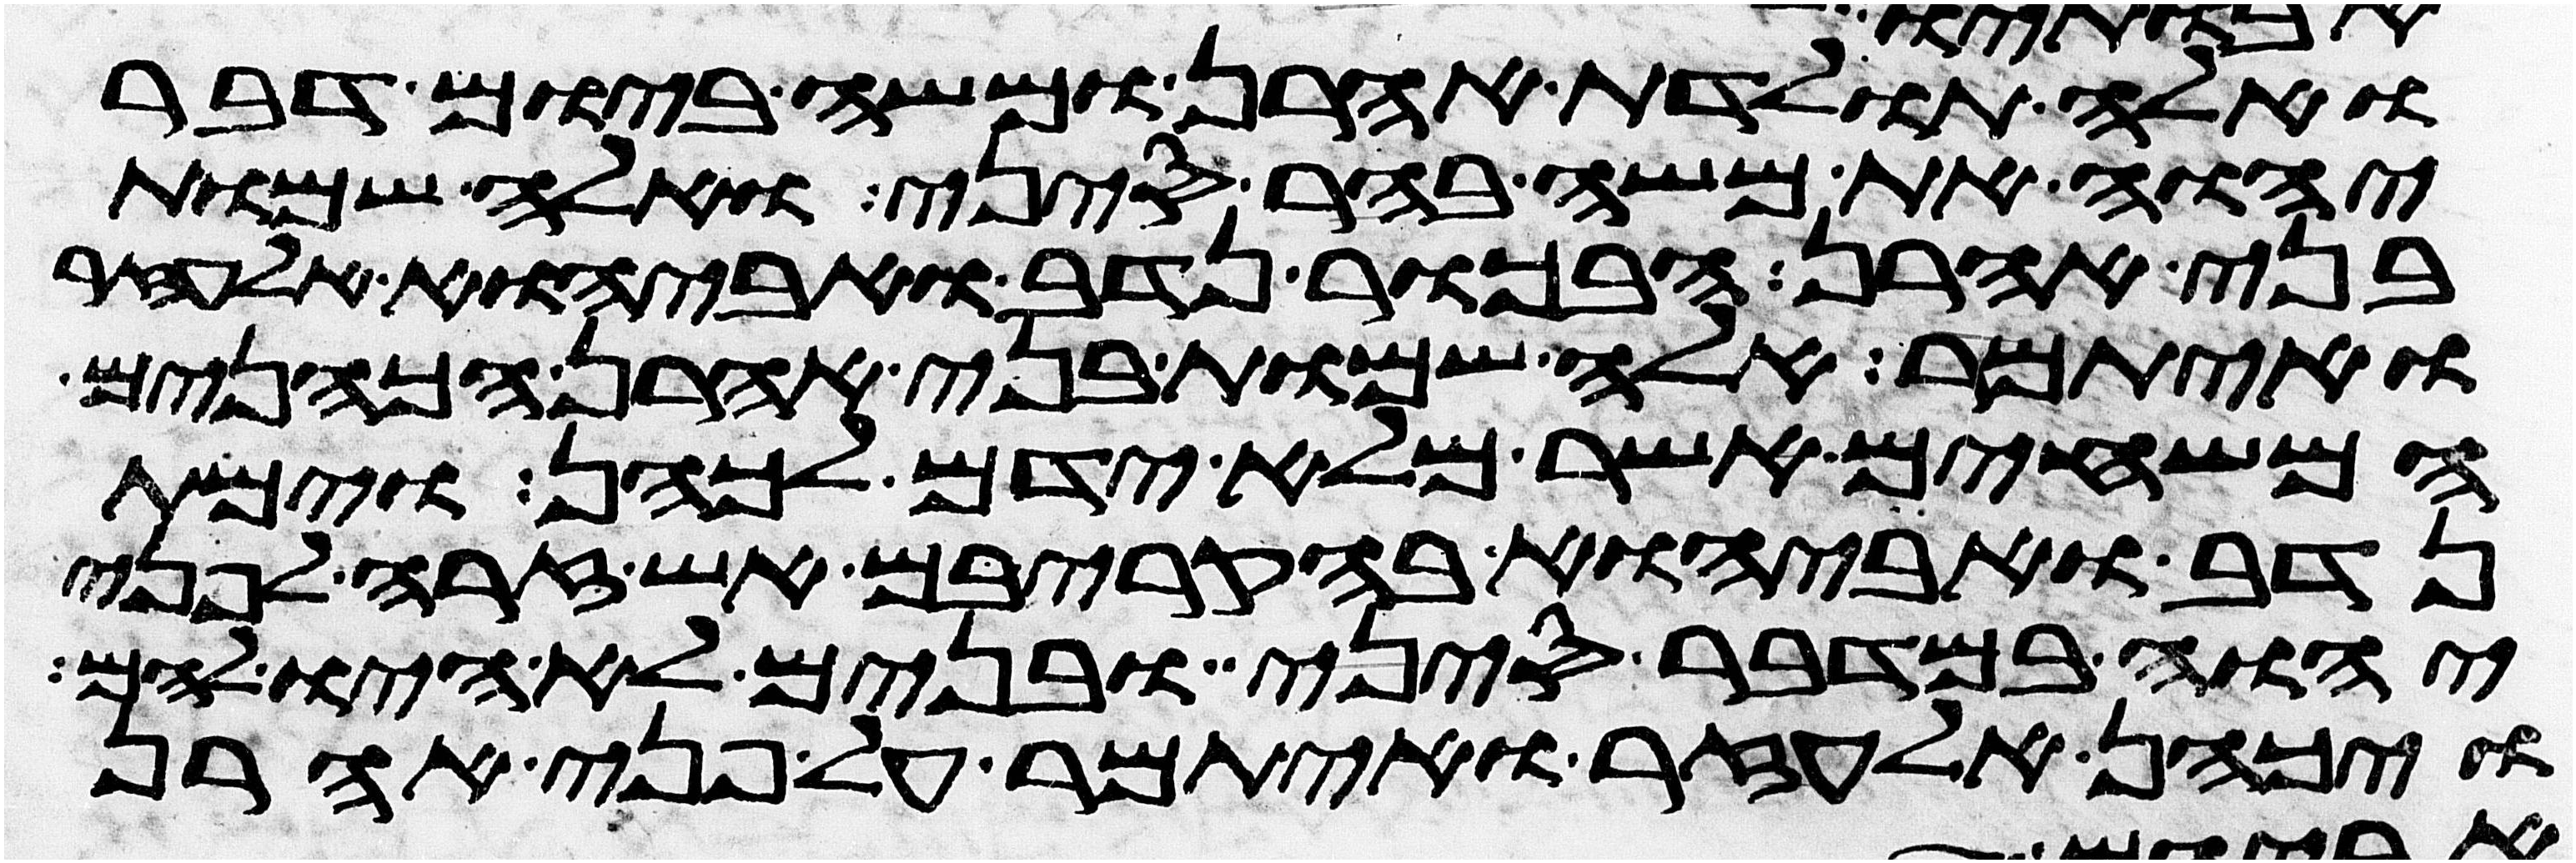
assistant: ואלה תולדת אהרן ומשה ביום דבר
יהוה את משה בהר סיני ואלה שמות
בני אהרן הבכור נדב ואביהוא אלעזר
ואיתמר אלה שמות בני אהרן הכהנים
המשחים אשר מלא ידם לכהן וימת
נדב ואביהוא בהקריבם אש זרה לפני
יהוה במדבר סיני ובנים לא היו להם
ויכהן אלעזר ואיתמר על פני אהרן